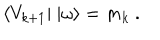
LaTeX: \langle V _ { k + 1 } | \ | \omega \rangle = m _ { k } \ .